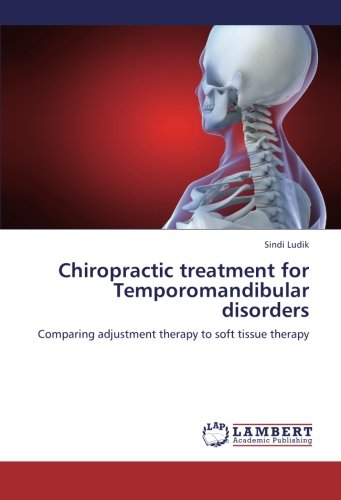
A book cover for Chiropractic treatment for Temporomandibular disorders: Comparing adjustment therapy to soft tissue therapy; Sindi Ludik; Medical Books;